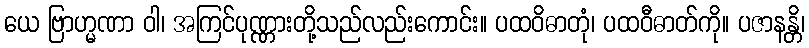
ယေ ဗြာဟ္မဏာ ဝါ၊ အကြင်ပုဏ္ဏားတို့သည်လည်းကောင်း။ ပထဝိဓာတုံ၊ ပထဝီဓာတ်ကို။ ပဇာနန္တိ၊